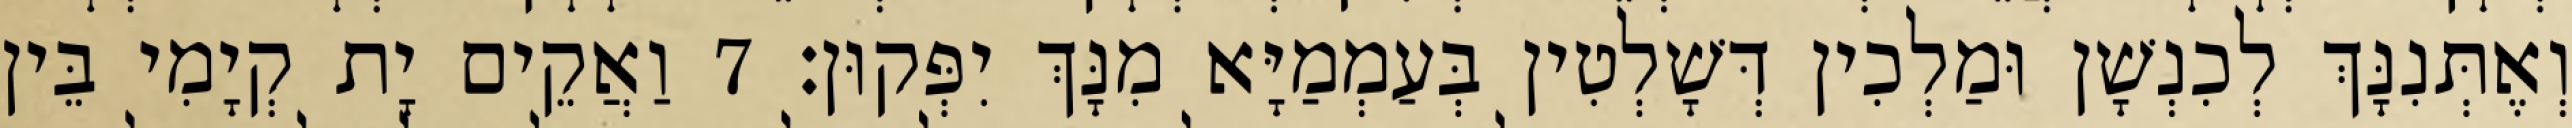
וְאֶתְּנִנָּךְ לְכִנְשָׁן וּמַלְכִין דְּשָׁלְטִין בְּעַמְמַיָּא מִנָּךְ יִפְּקוּן׃ 7 וַאֲקֵים יָת קְיָמִי בֵּין